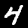
Digit: 4